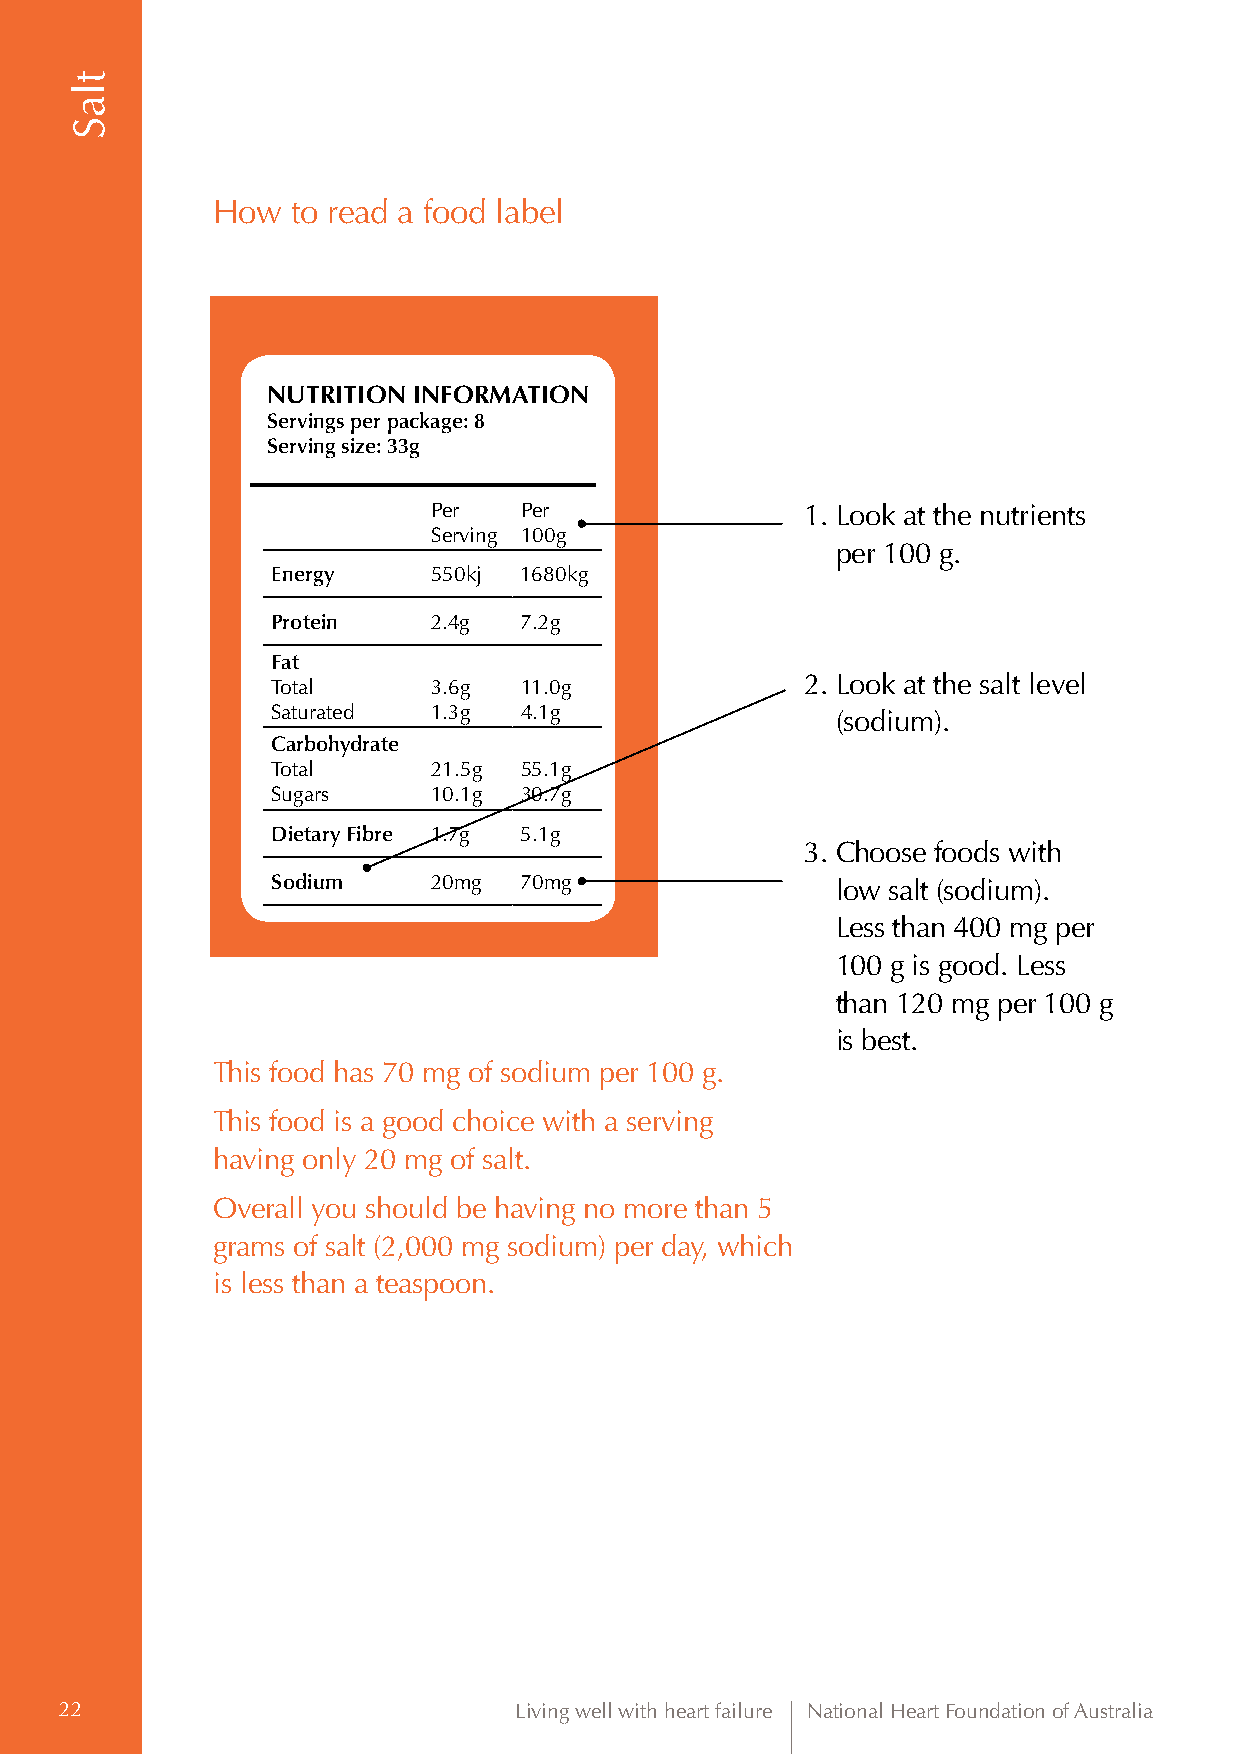
How  to read a food label
 NUTRITION INFORMATION
 Servings per package: 8
 Serving size: 33g
 Per  Per                1. L ook at the nutrients
 Serving 100g
 per 100 g.
 Energy     550kj 1680kg
 Protein    2.4g 7.2g
 Fat
 Total      3.6g 11.0g              2. Look at the salt level
 Saturated  1.3g 4.1g
 (sodium).
 Carbohydrate
 Total      21.5g 55.1g
 Sugars     10.1g 30.7g
 Dietary Fibre 1.7g 5.1g
 3. Choose foods with
 Sodium     20mg 70mg                 low salt (sodium).
 Less than 400 mg per
 100 g is good. Less
 than 120 mg per 100 g
 is best.
 This food has 70 mg of sodium per 100 g.
 This food is a good choice with a serving
 having only 20 mg of salt.
 Overall you should be having no more than 5
 grams of salt (2,000 mg sodium) per day, which
 is less than a teaspoon.
 22                            Living well with heart failure National Heart Foundation of Australia
 tlaS